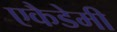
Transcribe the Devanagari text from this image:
एकैडेमी